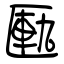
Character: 匭